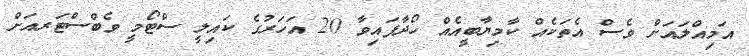
އަމިއްލައަށް ވެސް އެތަކެއް ކާމިޔާބީއެއް ހޯދާފައިވާ 20 އަހަރުގެ ކައިލީ ސްޓޯމީ ވެބްސްޓަރއަށް